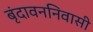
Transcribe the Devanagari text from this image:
बृंदावननिवासी